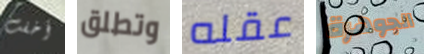
أخفت وتطلق عقله الجوهرة